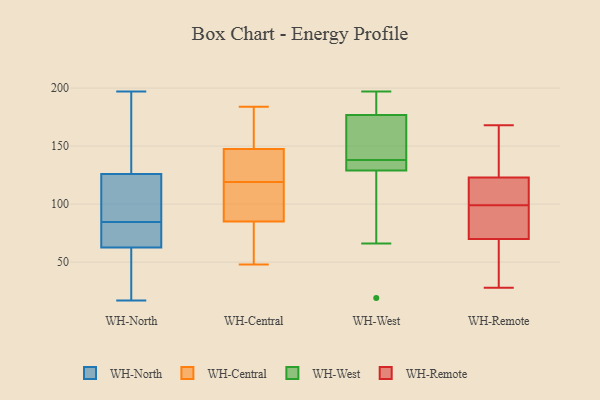
{"axis": {"x": "Demand Index", "y": "Value"}, "legend": ["WH-Central", "WH-North", "WH-Remote", "WH-West"], "data": [{"x": "", "y": 50, "type": "WH-North"}, {"x": "", "y": 184, "type": "WH-North"}, {"x": "", "y": 127, "type": "WH-North"}, {"x": "", "y": 88, "type": "WH-North"}, {"x": "", "y": 132, "type": "WH-North"}, {"x": "", "y": 61, "type": "WH-North"}, {"x": "", "y": 81, "type": "WH-North"}, {"x": "", "y": 77, "type": "WH-North"}, {"x": "", "y": 121, "type": "WH-North"}, {"x": "", "y": 120, "type": "WH-North"}, {"x": "", "y": 64, "type": "WH-North"}, {"x": "", "y": 125, "type": "WH-North"}, {"x": "", "y": 17, "type": "WH-North"}, {"x": "", "y": 67, "type": "WH-North"}, {"x": "", "y": 197, "type": "WH-North"}, {"x": "", "y": 26, "type": "WH-North"}, {"x": "", "y": 88, "type": "WH-Central"}, {"x": "", "y": 115, "type": "WH-Central"}, {"x": "", "y": 184, "type": "WH-Central"}, {"x": "", "y": 110, "type": "WH-Central"}, {"x": "", "y": 178, "type": "WH-Central"}, {"x": "", "y": 139, "type": "WH-Central"}, {"x": "", "y": 156, "type": "WH-Central"}, {"x": "", "y": 123, "type": "WH-Central"}, {"x": "", "y": 71, "type": "WH-Central"}, {"x": "", "y": 48, "type": "WH-Central"}, {"x": "", "y": 82, "type": "WH-Central"}, {"x": "", "y": 138, "type": "WH-Central"}, {"x": "", "y": 138, "type": "WH-West"}, {"x": "", "y": 134, "type": "WH-West"}, {"x": "", "y": 66, "type": "WH-West"}, {"x": "", "y": 132, "type": "WH-West"}, {"x": "", "y": 166, "type": "WH-West"}, {"x": "", "y": 177, "type": "WH-West"}, {"x": "", "y": 128, "type": "WH-West"}, {"x": "", "y": 197, "type": "WH-West"}, {"x": "", "y": 190, "type": "WH-West"}, {"x": "", "y": 176, "type": "WH-West"}, {"x": "", "y": 19, "type": "WH-West"}, {"x": "", "y": 149, "type": "WH-Remote"}, {"x": "", "y": 72, "type": "WH-Remote"}, {"x": "", "y": 92, "type": "WH-Remote"}, {"x": "", "y": 28, "type": "WH-Remote"}, {"x": "", "y": 68, "type": "WH-Remote"}, {"x": "", "y": 136, "type": "WH-Remote"}, {"x": "", "y": 63, "type": "WH-Remote"}, {"x": "", "y": 168, "type": "WH-Remote"}, {"x": "", "y": 74, "type": "WH-Remote"}, {"x": "", "y": 109, "type": "WH-Remote"}, {"x": "", "y": 110, "type": "WH-Remote"}, {"x": "", "y": 106, "type": "WH-Remote"}]}